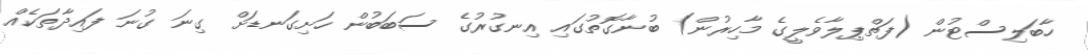
ހާބަލިސްޓުން (ފަތްޕިލާވެލީގެ މާހިރުން) ބުނާގޮތުގައި އިނގުރުގެ ސަބަބުން ހަށިގަނޑަށް ގިނަ ގުނަ ފައިދާތަކެއް